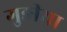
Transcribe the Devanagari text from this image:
गुङीया